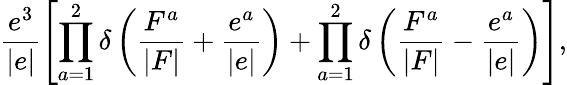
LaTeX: \frac{e^{3}}{|e|}\left[\prod_{a=1}^{2}\delta\left(\frac{F^{a}}{|F|}+\frac{e^{a}}{|e|}\right)+\prod_{a=1}^{2}\delta\left(\frac{F^{a}}{|F|}-\frac{e^{a}}{|e|}\right)\right],